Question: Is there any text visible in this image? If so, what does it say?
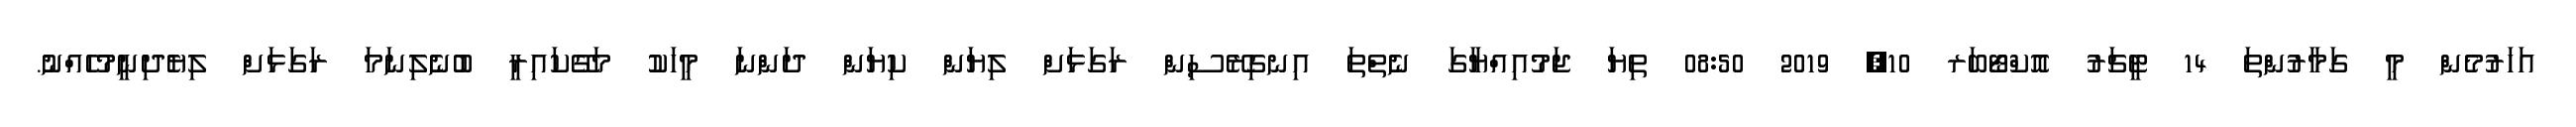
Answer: އަހަރުމެން މީ ގަމާރުންތަ 14 ޓީޗަރު އޮކްޓޯބަރ 10, 2019 08:50 ތިޔަ ޖަމުއިއްޔާގަ ނެތްތަ އިނގިރޭސިން ރަގަޅަށް ލިޔަން ކިޔަން ދަންނަ މީހަކު މަގޭކައިރީ ބުނެލިނަމަ ރަގަޅަށް ލިޔެދިނީމުހެއްނު.